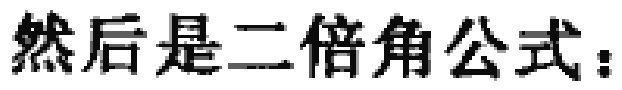
然后是二倍角公式：